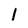
Character: 1